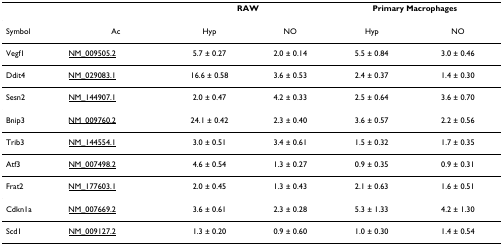
<table><thead><tr><td></td><td></td><td colspan="2"><b>RAW</b></td><td colspan="2"><b>Primary Macrophages</b></td></tr></thead><tbody><tr><td>Symbol</td><td>Ac</td><td>Hyp</td><td>NO</td><td>Hyp</td><td>NO</td></tr><tr><td>Vegf1</td><td>NM_009505.2</td><td>5.7 ± 0.27</td><td>2.0 ± 0.14</td><td>5.5 ± 0.84</td><td>3.0 ± 0.46</td></tr><tr><td>Ddit4</td><td>NM_029083.1</td><td>16.6 ± 0.58</td><td>3.6 ± 0.53</td><td>2.4 ± 0.37</td><td>1.4 ± 0.30</td></tr><tr><td>Sesn2</td><td>NM_144907.1</td><td>2.0 ± 0.47</td><td>4.2 ± 0.33</td><td>2.5 ± 0.64</td><td>3.6 ± 0.70</td></tr><tr><td>Bnip3</td><td>NM_009760.2</td><td>24.1 ± 0.42</td><td>2.3 ± 0.40</td><td>3.6 ± 0.57</td><td>2.2 ± 0.56</td></tr><tr><td>Trib3</td><td>NM_144554.1</td><td>3.0 ± 0.51</td><td>3.4 ± 0.61</td><td>1.5 ± 0.32</td><td>1.7 ± 0.35</td></tr><tr><td>Atf3</td><td>NM_007498.2</td><td>4.6 ± 0.54</td><td>1.3 ± 0.27</td><td>0.9 ± 0.35</td><td>0.9 ± 0.31</td></tr><tr><td>Frat2</td><td>NM_177603.1</td><td>2.0 ± 0.45</td><td>1.3 ± 0.43</td><td>2.1 ± 0.63</td><td>1.6 ± 0.51</td></tr><tr><td>Cdkn1a</td><td>NM_007669.2</td><td>3.6 ± 0.61</td><td>2.3 ± 0.28</td><td>5.3 ± 1.33</td><td>4.2 ± 1.30</td></tr><tr><td>Scd1</td><td>NM_009127.2</td><td>1.3 ± 0.20</td><td>0.9 ± 0.60</td><td>1.0 ± 0.30</td><td>1.4 ± 0.54</td></tr></tbody></table>